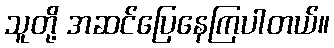
သူတို့ အဆင်ပြေနေကြပါတယ်။